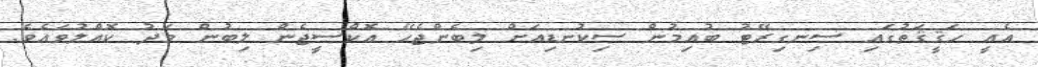
އެއީ ހަޤީޤަތުގައި ސިނގިރޭޓު ބުއިމުން ސިކުނޑިއަށް ލިބެންޖެހޭ އޮކްސީޖެން ލިބުން މަދު ކޮއްލުވައެވެ.